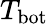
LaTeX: T_{\mathrm{bot}}